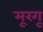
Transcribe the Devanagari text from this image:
मूरगू